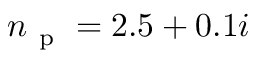
n _ { \mathrm { ~ p ~ } } = 2 . 5 + 0 . 1 i